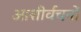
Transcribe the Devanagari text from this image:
आशीर्वचनों